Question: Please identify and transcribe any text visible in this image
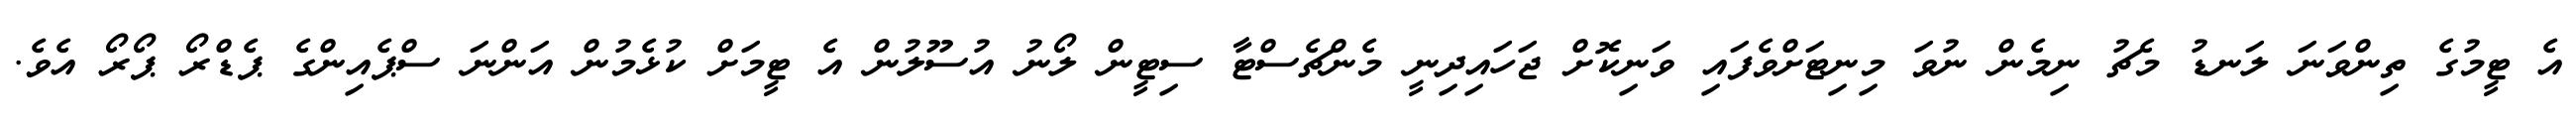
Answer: އެ ޓީމުގެ ތިންވަނަ ލަނޑު މެޗު ނިމެން ނުވަ މިނިޓަށްވެފައި ވަނިކޮށް ޖަހައިދިނީ މެންޗެސްޓާ ސިޓީން ލޯނު އުސޫލުން އެ ޓީމަށް ކުޅެމުން އަންނަ ސްޕެއިންގެ ޕެޑްރޯ ޕޯރޯ އެވެ.